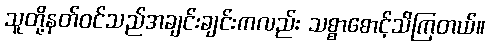
သူတို့နတ်ဝင်သည်အချင်းချင်းကလည်း သစ္စာစောင့်သိကြတယ်။